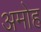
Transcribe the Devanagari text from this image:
अमोह